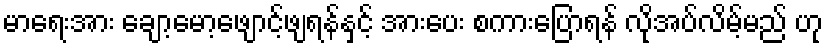
မာရေးအား ချော့မော့ဖျောင့်ဖျရန်နှင့် အားပေး စကားပြောရန် လိုအပ်လိမ့်မည် ဟု